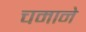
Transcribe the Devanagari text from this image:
चमाने